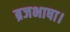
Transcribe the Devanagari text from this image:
ब्रजभाषा।